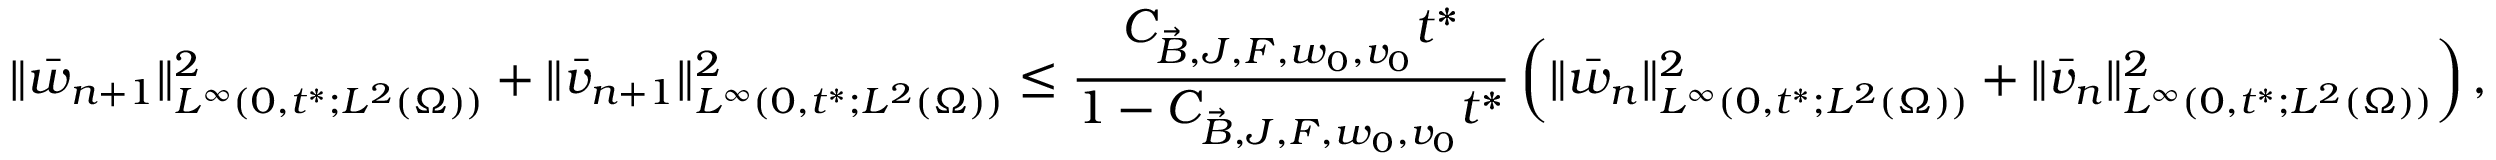
\| \Bar { w } _ { n + 1 } \| _ { L ^ { \infty } ( 0 , t ^ { * } ; L ^ { 2 } ( \Omega ) ) } ^ { 2 } + \| \Bar { v } _ { n + 1 } \| _ { L ^ { \infty } ( 0 , t ^ { * } ; L ^ { 2 } ( \Omega ) ) } ^ { 2 } \leq \frac { C _ { \Vec { B } , J , F , w _ { 0 } , v _ { 0 } } t ^ { * } } { 1 - C _ { \Vec { B } , J , F , w _ { 0 } , v _ { 0 } } t ^ { * } } \left( \| \Bar { w } _ { n } \| _ { L ^ { \infty } ( 0 , t ^ { * } ; L ^ { 2 } ( \Omega ) ) } ^ { 2 } + \| \Bar { v } _ { n } \| _ { L ^ { \infty } ( 0 , t ^ { * } ; L ^ { 2 } ( \Omega ) ) } ^ { 2 } \right) ,